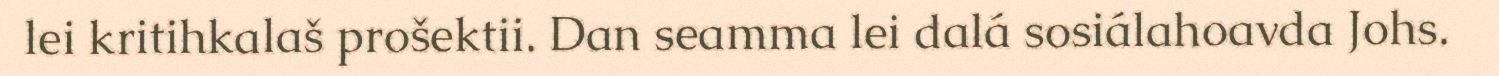
lei kritihkalaš prošektii. Dan seamma lei dalá sosiálahoavda Johs.